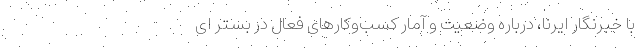
با خبرنگار ایرنا، درباره وضعیت و آمار کسب‌وکارهای فعال در بستر ای